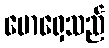
မောရှေသည်